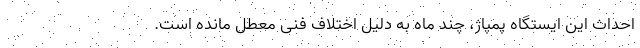
احداث این ایستگاه پمپاژ، چند ماه به دلیل اختلاف فنی معطل مانده است.